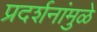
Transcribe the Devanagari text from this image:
प्रदर्शनांमुळे